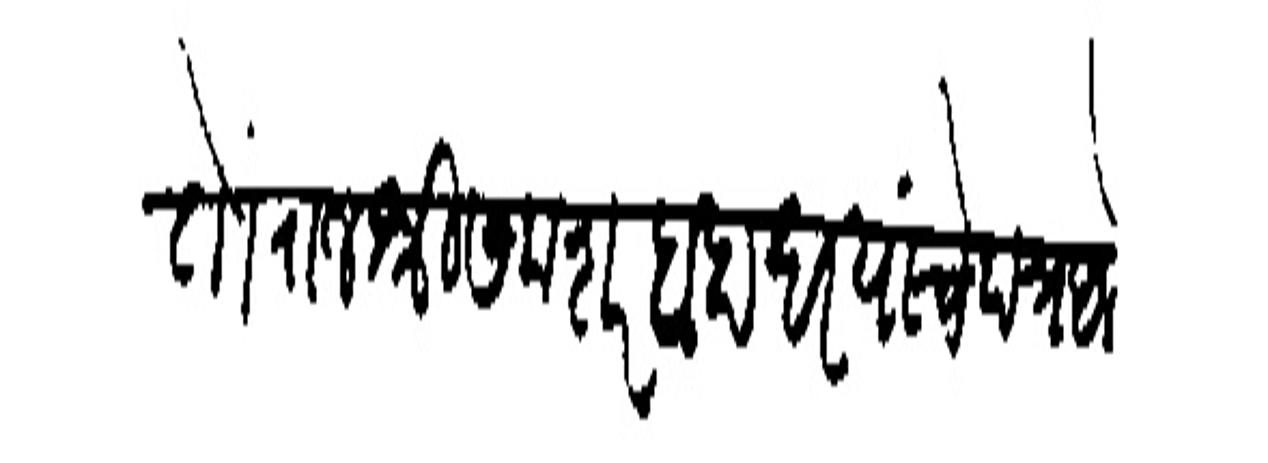
Transliteration (Devanagari): तो राजश्री समशरबाहादर यांचे पत्र अले